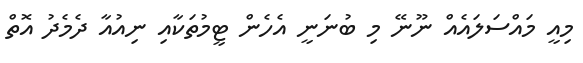
މިއީ މައްސަލައެއް ނޫނޭ މި ބުނަނީ އެހެން ޓީމުތަކާއި ނިއުއާ ދެމެދު އޮތް